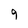
Character: 9